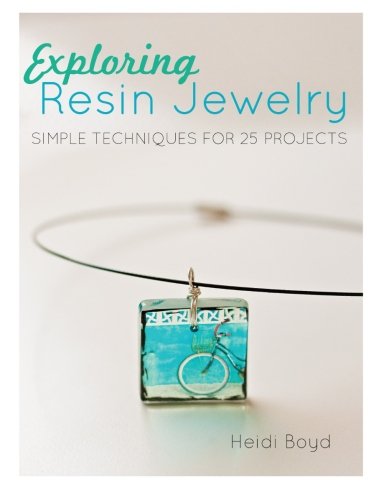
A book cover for Exploring Resin Jewelry: Simple Techniques for 25 Projects; Heidi Boyd; Crafts, Hobbies & Home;